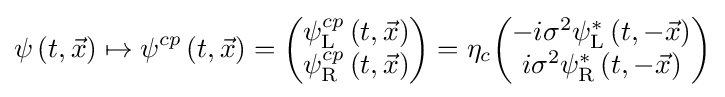
\psi \left(t,{\vec {x}}\right)\mapsto \psi ^{cp}\left(t,{\vec {x}}\right)={\begin{pmatrix}\psi _{\text{L}}^{cp}\left(t,{\vec {x}}\right)\\\psi _{\text{R}}^{cp}\left(t,{\vec {x}}\right)\end{pmatrix}}=\eta _{c}{\begin{pmatrix}-i\sigma ^{2}\psi _{\text{L}}^{*}\left(t,-{\vec {x}}\right)\\i\sigma ^{2}\psi _{\text{R}}^{*}\left(t,-{\vec {x}}\right)\end{pmatrix}}